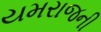
યમરાજની